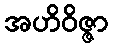
အဟိဝိဇ္ဇာ